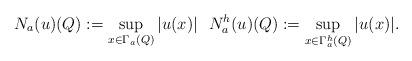
LaTeX: \begin{align*}N_{a}(u)(Q):=\sup_{x\in\Gamma_{a}(Q)}|u(x)|\,\,\,\,N^h_{a}(u)(Q):=\sup_{x\in\Gamma^h_{a}(Q)}|u(x)|.\end{align*}